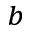
^ b